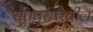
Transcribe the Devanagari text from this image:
संतपरंपरेतील